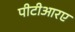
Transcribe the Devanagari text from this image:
पीटीआरए